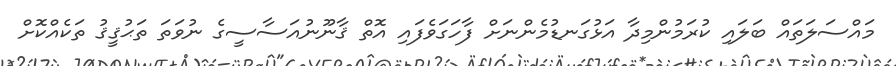
މައްސަލަތައް ބަލައި ކުރަމުންމިދާ އަޅުގަނޑުމެންނަށް ފާހަގަވެފައި އޮތް ޤާނޫނުއަސާސީގެ ނުވަތަ ތަޙުޤީޤު ތަކެއްކޮށް